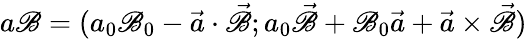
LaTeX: a\mathscr{B}=(a_{0}\mathscr{B}_{0}-{\vec{{a}}}\cdot{\vec{{\mathscr{B}}}};a_{0}{\vec{{\mathscr{B}}}}+\mathscr{B}_{0}{\vec{{a}}}+{\vec{{a}}}\times{\vec{{\mathscr{B}}}})